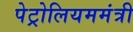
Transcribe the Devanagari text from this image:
पेट्रोलियममंत्री